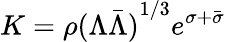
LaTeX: K=\rho{(\Lambda\bar{\Lambda})}^{1/3}e^{\sigma+\bar{\sigma}}